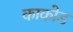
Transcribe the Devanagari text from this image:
काकोड